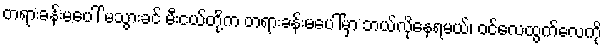
တရားခန်းမပေါ် မသွားခင် မီးငယ်တို့က တရားခန်းမပေါ်မှာ ဘယ်လိုနေရမယ်၊ ဝင်လေထွက်လေကို